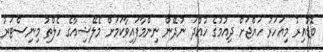
ބޮޑުއިރު މިއަހަރު ހައްޖަށް ދިއުމުގެ ހުއްދަ ނުދޭން ނިންމާފައިވާކަމަށް މެލޭޝިއާގެ ހެލްތު މިނިސްޓަރު